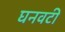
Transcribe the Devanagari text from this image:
घनवटी